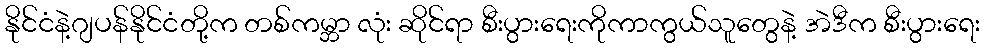
နိုင်ငံနဲ့ဂျပန်နိုင်ငံတို့က တစ်ကမ္ဘာ လုံး ဆိုင်ရာ စီးပွားရေးကိုကာကွယ်သူတွေနဲ့ အဲဒီက စီးပွားရေး